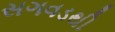
સગવડથી